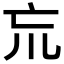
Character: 巟